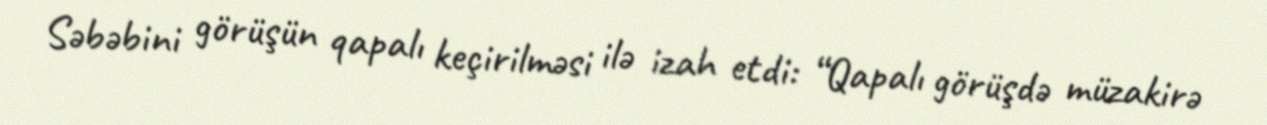
Səbəbini görüşün qapalı keçirilməsi ilə izah etdi: “Qapalı görüşdə müzakirə